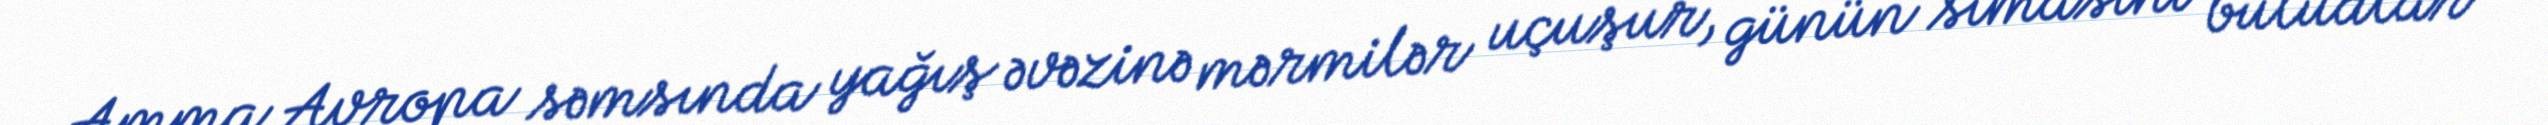
Amma Avropa səmsında yağış əvəzinə mərmilər uçuşur, günün simasını buludlar